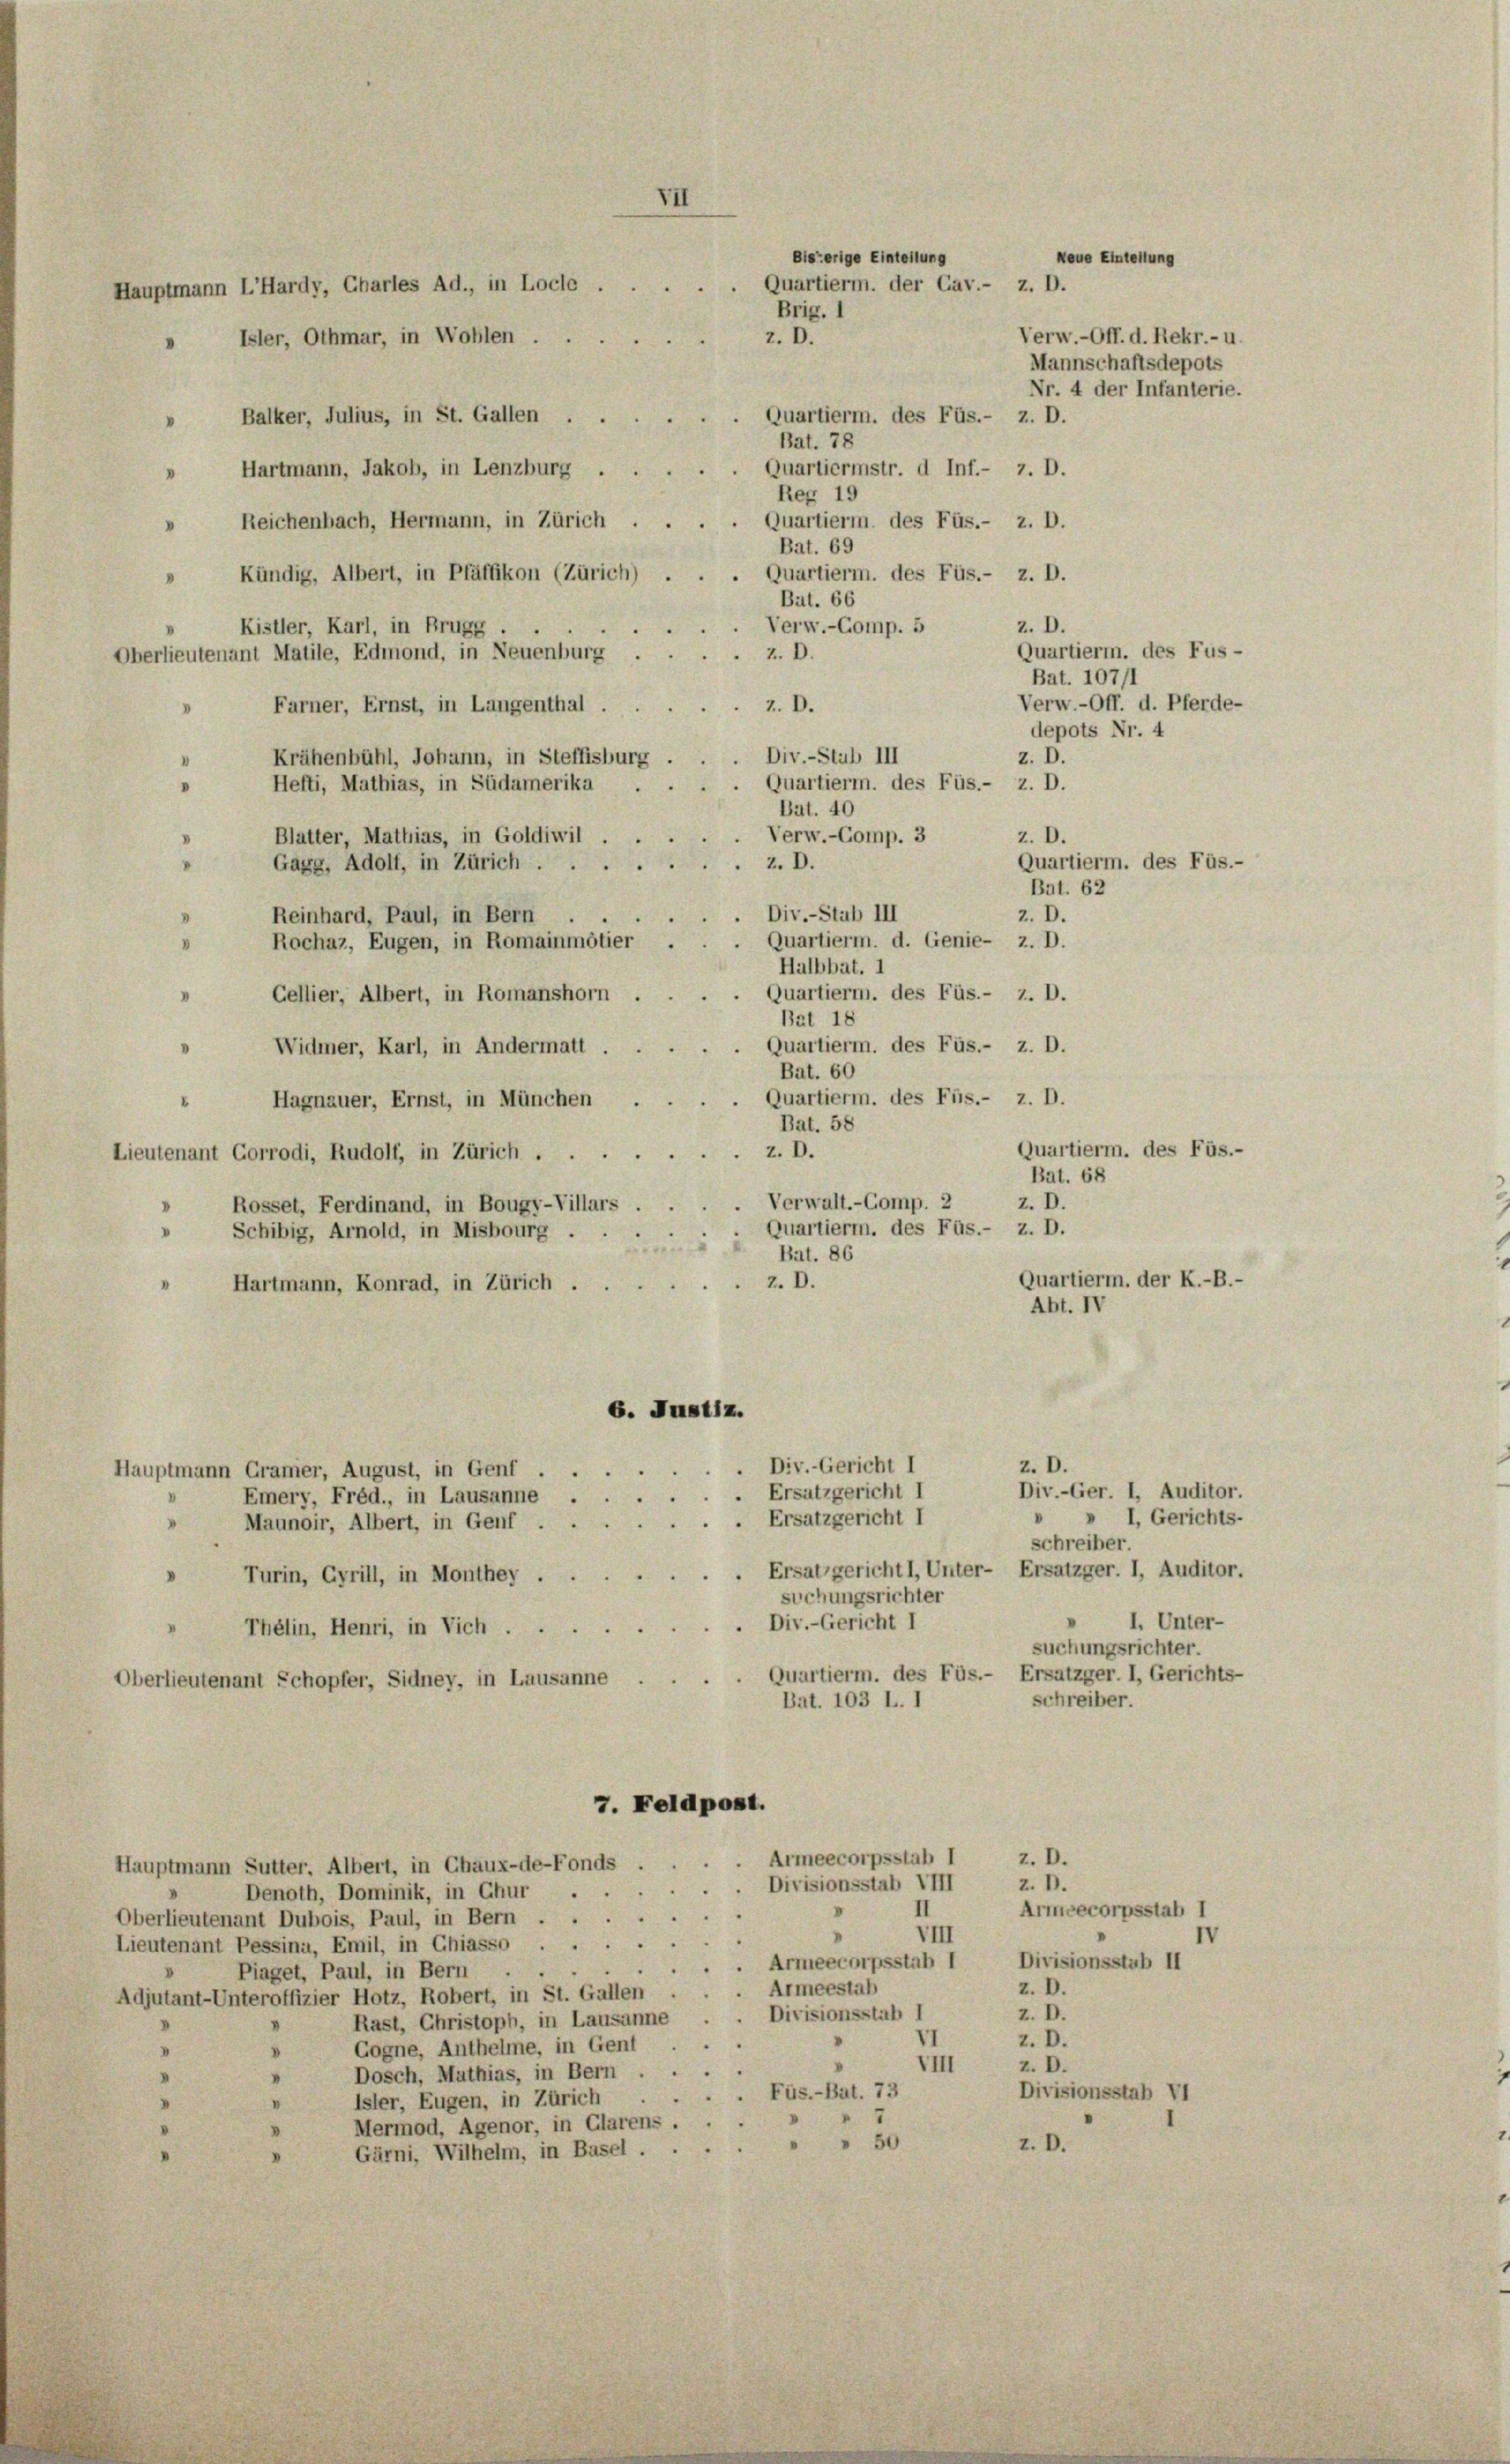
Hauptmann LHardy, Charles Ad., in Loche .
Isler, Othmar, in Wohlen.

Quartierm. des Füs.-
z. D.
Balker, Julius, in St. Gallen .
Bat. 78
Quartiermstr. d Inf.- 7. D.
Hartmann, Jakob, in Lenzburg .
Reg 19
Quartierm. des Füs.- z. D.
Reichenbach, Hermann, in Zürich
“
Bat. 69
Kündig, Albert, in Pfäffikon (Zürich)
. Quartierm. des Füs.- z. D.
Bat. 66
z. D.
. Verw.-Comp. 5
Kistler, Karl, in Brugg,
Quartierm. des Fus-
Z. D.
Oberlieutenant Matile, Edmond, in Neuenburg
z. D.
Farner, Ernst, in Langenthal
depots Nr. 4
Div.-Stub III
z. D.
Krähenbühl, Johann, in Steffisburg
. Quartierm. des Füs.- z. D.
Hefti, Mathias, in Südamerika ..
Bat. 40
Verw.-Comp. 3
z. D.
Blatter, Mathias, in Goldiwil
Quartierm. des Füs.-
2.D.
Gagg, Adolf, in Zürich . .
Bat. 62
Div.-Stub III
z. D.
Reinhard, Paul, in Bern
Quartierm. d. Genie- z. D.
Rochaz, Eugen, in Romainmötier
.
Halbbat. I
Quartierm. des Füs.- z. D.
Gellier, Albert, in Romanshorn.
Bat 18
Quartierm. des Füs.- z. D.
Widmer, Karl, in Andermatt
Bat. 60
Quartierm. des Fus.- 2. D.
Hagnauer, Ernst, in München
Bat. 58
Quartierm. des Füs.-
z. D.
Lieutenant Gorrodi, Rudolf, in Zürich .
Bat. 68
z. D.
.Verwalt.-Comp. 2
Rossel, Ferdinand, in Bougy-Villars
Quartierm. des Füs.- z. D.
Schibig, Arnold, in Misbourg .
arten
Bat. 86
Quartierm. der K.-B.-
z. D.
Hartmann, Konrad, in Zürich .
Abt. IV
6. Justiz.
z. D.
Div.-Gericht I
lauptmann Gramer, August, in Genf .
Div.-Ger. I, Auditor.
Emery, Fréd., in Lausanne. Ersatzgericht I
» I, Gerichts-
. Ersatzgericht I
"
Maunoir, Albert, in Genf . .
schreiber.
Ersatzgerichtl, Unter- Ersatzger. I, Auditor.
"
d
Turin, Gyrill, in Monthey .
suchungsrichter
I. Unter-
Div.-Gericht I
Thélin, Henri, in Vich.
suchungsrichter.
Quartierm. des Füs.- Ersatzger. I, Gerichts-
Oberlieutenant Schopfer, Sidney, in Lausanne
schreiber.
Bat. 103 L. 1
7. Feldpost.
Armeecorpsstab I
z. D.
lauptmann Sutter, Albert, in Chaux-de-Fonds
Divisionsstab VIII z. D.
Denoth, Dominik, in Chur
.
Armeecorpsstab 1
Oberlieutenant Dubois, Paul, in Bern . . .
VIII
ieutenant Pessina, Emil, in Chiasso ...
Divisionsstab II
Armeecorpsstab I
Piaget, Paul, in Bern ..
z. D.
Armeestab
Adjutant-Unteroffizier Hotz, Robert, in St. Gallen
Divisionsstab I
z. D.
Rast, Christoph, in Lausanne
z. D.
Gogne, Antheime, in Gent
d
V
VIII
z. D.
Dosch, Mathias, in Bern ...
Divisionsstab VI
ister, Eugen, in Zürich . . . . Füs.-Bat. 73
Mermod, Agenor, in Glarus . .
" 50
z. D.
Gärni, Wilhelm, in Basel ...

VII

Bisherige Einteilung
Neue Einteilung
Quartierm. der Cav.- z. D.
Brig. I
Verw.-Off. d. Rekr.- u.
z. D.

Bat. 107/1
Verw.-Off. d. Pferde-

Mannschaftsdepots
Nr. 4 der Infanterie.